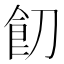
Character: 䬢